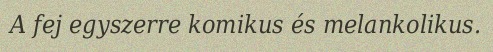
A fej egyszerre komikus és melankolikus.